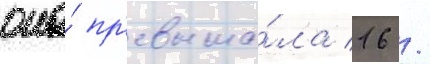
она́ пр'евыша́ла 16 /